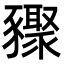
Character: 䝒